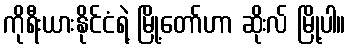
ကိုရီးယားနိုင်ငံရဲ့ မြို့တော်ဟာ ဆိုးလ် မြို့ပါ။